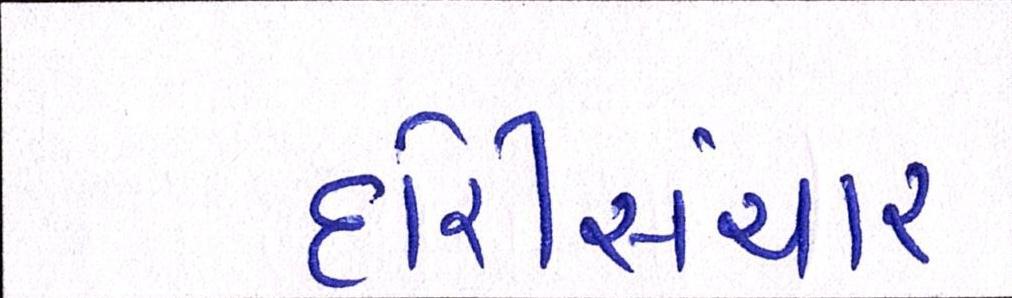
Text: દોરીસંચાર